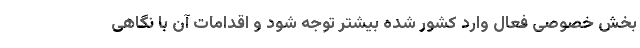
بخش خصوصی فعال وارد کشور شده بیشتر توجه شود و اقدامات آن با نگاهی